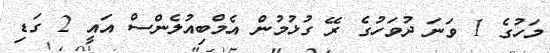
މަހުގެ 1 ވަނަ ދުވަހުގެ ރޭ ގުޅުމުން އެމްބިއުލެންސް އައީ 2 ގަޑި